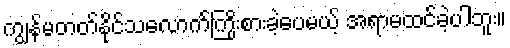
ကျွန်မတတ်နိုင်သလောက်ကြိုးစားခဲ့ပေမယ့် အရာမထင်ခဲ့ပါဘူး။